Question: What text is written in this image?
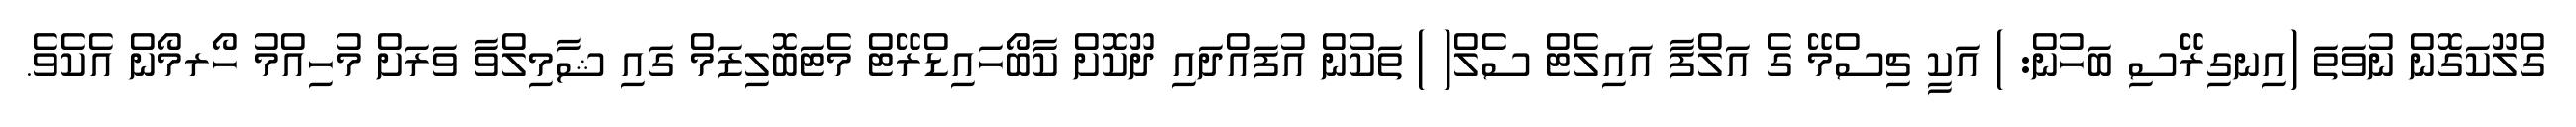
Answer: ގްލޫކަގޮން ނުވަތަ (އިނގިރޭސި ބަހުން: ) އަކީ ޗިސްމޭ ގެ އަލްފާ އައިލެޓް ސެލް( ) ތަކުން އުފައްދައި ދޫކޮށް ކާބޯހައިޑްރޭޓް މެޓަބޮލިޒަމް ގައި ޝާމިލްވާ ވަރަށް މުހިއްމު ހޯރމޯން އެކެވެ.